Report of the Municipal Commissioner on the plague in Bombay for the year ending 31st May... - Volume 2
Disease focus: Plague
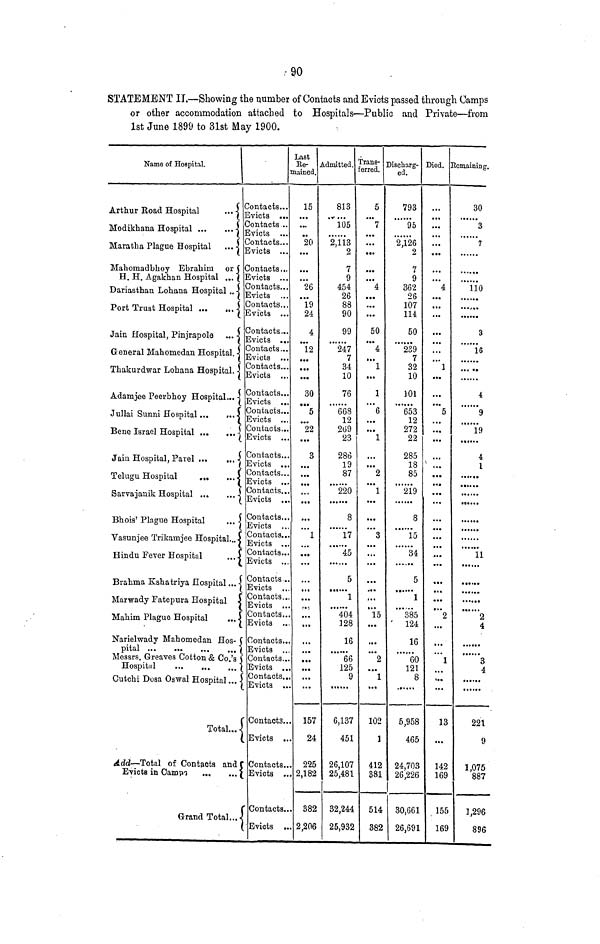
90
STATEMENT IT.—Showing the number of Contacts and Evicts passed through Camps
or other accommodation attached to Hospitals—Public and Private—from
1st June 1899 to 31st May 1900.
Name of Hospital.
Arthur Road Hospital
...
Modikhana Hospital
Maratha Plague Hospital ...
Mahomadbhoy Ebrahim or
H. H. Agakhan Hospital ...
Dariasthan Lohana Hospital ..
Port Trust Hospital
Jain Hospital, Pinjrapole
...
General Mahomedan Hospital,
Thakurdwar Lohana Hospital.
Adamjee Peerbhoy Hospital...]
Jullai Sunni Hospital
Bene Israel Hospital
j
Jain Hospital, Parel
Telugu Hospital
...
...J
Sarvajanik Hospital
Bhois' Plague Hospital
Vasunjee Trikamjee Hospital..
Hindu Fever Hospital
....
Brahma Kshatriya Hospital ...-]
Marwady Fatepura Hospital
Mahim Plague Hospital
....
Narielwady Mahomedan Hos-
pital
Messrs. Greaves Cotton & Co.'s
Hospital
Cutchi Dosa Oawal Hospital ... -
Total..
Add — Total of Contacts and
Evicts in Campo
Grand Total...-
ontacts...
ontacts ..
Contacts...
Evicts ...
Contacts.,.
Evicts ...
Contacts...
Evicts
Contacts...
Evicts ...
Contacts,..
Contacts,,.
Evicts
Contacts...
Evicts ...
Contacts. ..
Contacts...
Evicts ...
Contacts...
Evicts ...
Contacts...
Evicts ...
Contacts...
Contacts...
Contacts..
Contacts...
Contacts...
Contacts .
Contacts..
Contacts..
Evicts
Contacts..
Evicts
Contacts..
Evicts ..
Contacts..
Evicts ..
Contacts..
Evicts ..
Contacts..
Evicts ..
Contacts.
Evicts ,
Last
Be- .
mained.
15
...
20
...
26
19
24
4
12
...
30
5
22
3
...
...
...
1
...
...
...
...
...
...
157
24
225
2,182
382
2,206
Admitted.
813
105
2,113
2
7
9
454
26
88
90
99
247
7
34
10
76
668
12
269
23
286
19
87
220
8
17
45
5
1
404
128
16
66
125
9
6,137
451
26,107
25,481
32,244
25,932
Trans-
'erred.
5
7
...
...
4
...
50
4
1
1
6
1
...
2
1
...
3
...
...
...
15
2
1
102
1
412
381
514
382
Discharg-
ed.
793
95
2,126
2
17
9
362
26
107
114
50
239
7
32
10
101
653
12
272
22
285
18
85
219
8
15
34
5
1
385
124
16
60
121
8
5,958
465
24,703
26,226
30,661
26,691
Died. ]
...
...
...
...
4
...
...
...
1
• ••
...
5
...
...
•••
...
...
...
...
•••
• ••
2
1
,..
13
...
142
169
155
169
Remaining.
30
3
7
110
• • • ••
••••••••••
3
16
4
9
19
4
1
11
• •••••
•• •• ••
2
4
......
3
4
221
9
1,075
887
3,296
896